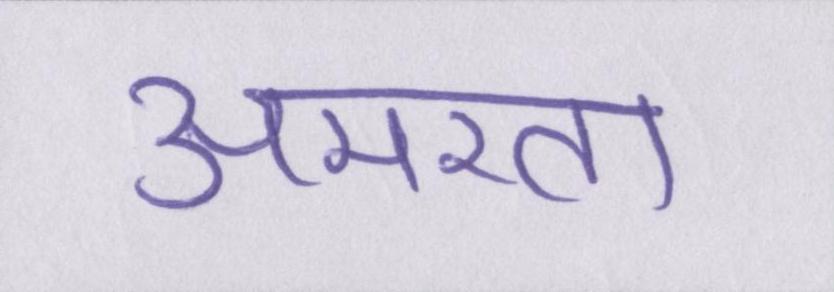
अमरता